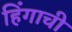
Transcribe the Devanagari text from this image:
हिंगाची